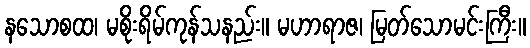
နသောစထ၊ မစိုးရိမ်ကုန်သနည်း။ မဟာရာဇ၊ မြတ်သောမင်းကြီး။